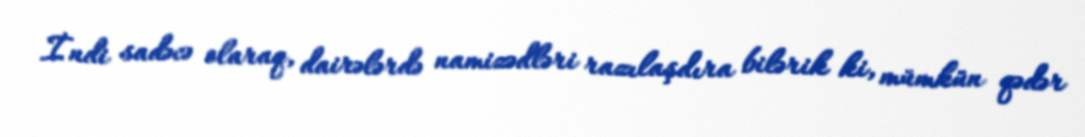
İndi sadəcə olaraq, dairələrdə namizədləri razılaşdıra bilərik ki, mümkün qədər